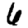
Digit: 6